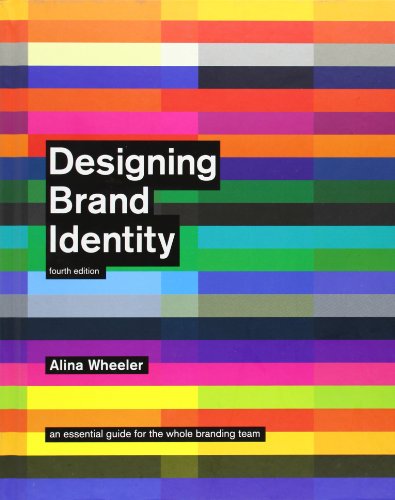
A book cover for Designing Brand Identity: An Essential Guide for the Whole Branding Team, 4th Edition; Alina Wheeler; Arts & Photography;